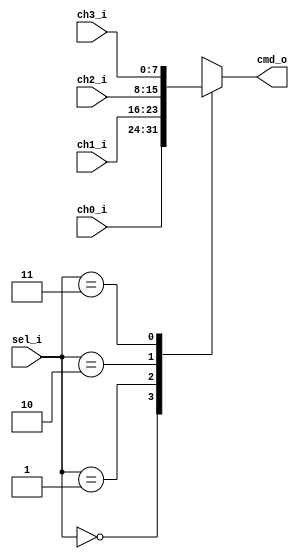
// Name: mux_ch.v
//
// Description: Multiplexor de 2:1 para seleccionar entre los cuatro canales del ADC

module mux_ch #(
  parameter Width = 8
) (
  input             [1:0] sel_i,
  input       [Width-1:0] ch0_i,
  input       [Width-1:0] ch1_i,
  input       [Width-1:0] ch2_i,
  input       [Width-1:0] ch3_i,
  output reg  [Width-1:0] cmd_o
);


  always @ (sel_i, ch0_i, ch1_i, ch2_i, ch3_i) begin
    case(sel_i)
      2'b00:   cmd_o = ch0_i;
      2'b01:   cmd_o = ch1_i;
      2'b10:   cmd_o = ch2_i;
      2'b11:   cmd_o = ch3_i;
      default: cmd_o =  ch0_i;
    endcase
  end

endmodule